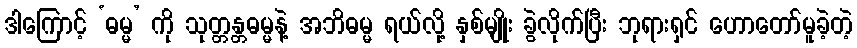
ဒါကြောင့် ‘ဓမ္မ’ ကို သုတ္တန္တဓမ္မနဲ့ အဘိဓမ္မ ရယ်လို့ နှစ်မျိုး ခွဲလိုက်ပြီး ဘုရားရှင် ဟောတော်မူခဲ့တဲ့